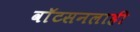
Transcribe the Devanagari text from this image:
वाॅटसनलाही